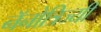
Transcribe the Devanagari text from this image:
नॅनोत्रिज्यी